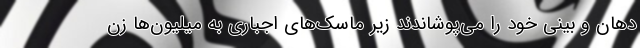
دهان و بینی خود را می‌پوشاندند زیر ماسک‌های اجباری به میلیون‌ها زن